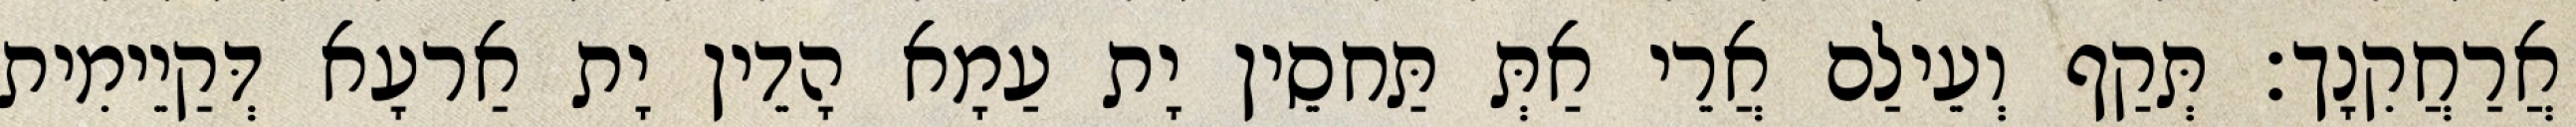
אֲרַחֲקִנָך׃ תְּקַף וְעֵילַם אֲרֵי אַתְּ תַּחסֵין יָת עַמָא הָדֵין יָת אַרעָא דְּקַיֵימִית